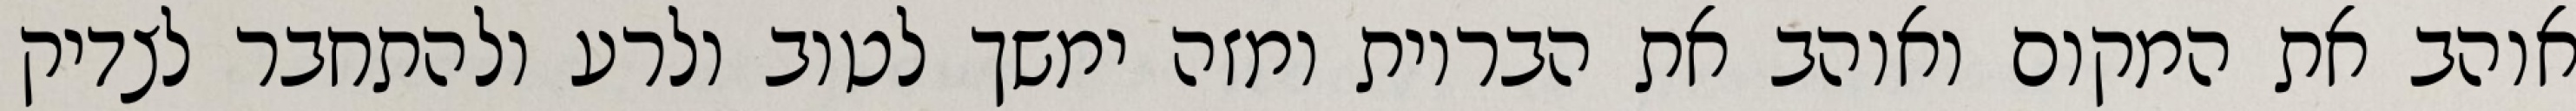
אוהב את המקום ואוהב את הבריות ומזה ימשך לטוב ולרע ולהתחבר לצדיק